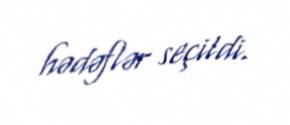
hədəflər seçildi.